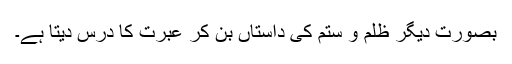
بصورت ِدیگر ظلم و ستم کی داستاں بن کر عبرت کا درس دیتا ہے۔